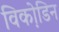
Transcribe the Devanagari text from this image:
विको़डिन